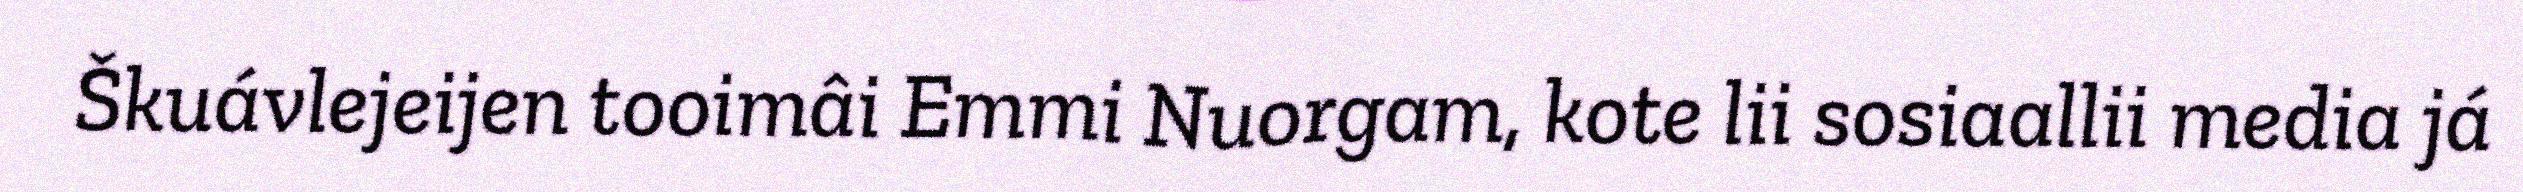
Škuávlejeijen tooimâi Emmi Nuorgam, kote lii sosiaallii media já